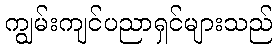
ကျွမ်းကျင်ပညာရှင်များသည်